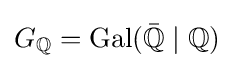
G_{\mathbb {Q} }=\operatorname {Gal} ({\bar {\mathbb {Q} }}\mid \mathbb {Q} )